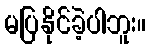
မပြနိုင်ခဲ့ပါဘူး။